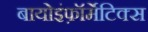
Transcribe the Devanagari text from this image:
बायोइंफ़ॉर्मेटिक्स